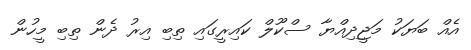
އެއް ބަޔަކު މަޖީދިއްޔާ ސްކޫލް ކައިރީގައި ތިބި އިރު ދެން ތިބި މީހުން